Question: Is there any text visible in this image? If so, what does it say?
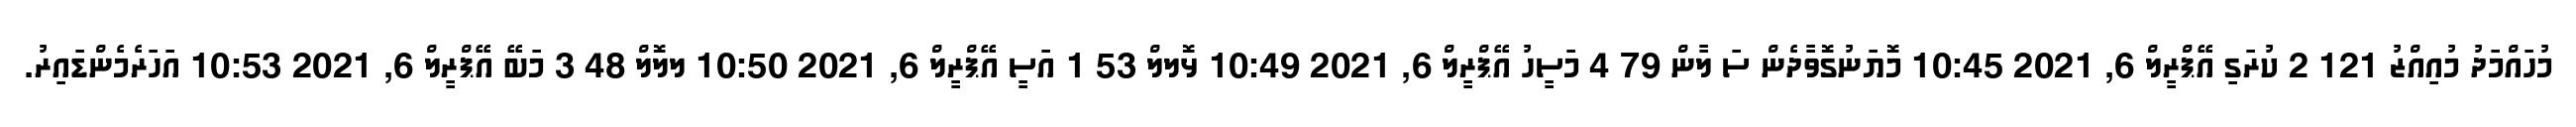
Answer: މުހައްމަދު މުއިއްޒު 121 2 ކުރަގި އޭޕްރީލް 6, 2021 10:45 މޮޔަނުގޮވާދެން ސަ ލާން 79 4 މަސީހު އޭޕްރީލް 6, 2021 10:49 ޅޮލލް 53 1 އަސީ އޭޕްރީލް 6, 2021 10:50 ލލޮލް 48 3 މަބޭ އޭޕްރީލް 6, 2021 10:53 އަހަރެމެންޑައިރު.